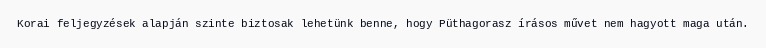
Korai feljegyzések alapján szinte biztosak lehetünk benne, hogy Püthagorasz írásos művet nem hagyott maga után.